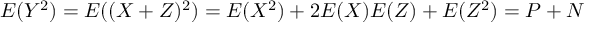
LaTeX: E ( Y ^ { 2 } ) = E ( ( X + Z ) ^ { 2 } ) = E ( X ^ { 2 } ) + 2 E ( X ) E ( Z ) + E ( Z ^ { 2 } ) = P + N \,